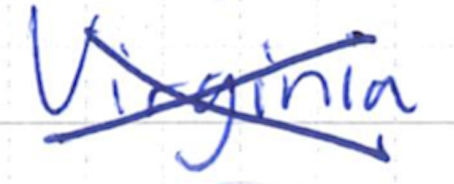
Text: Virginia
Cross-out: cross
Writing tool: ballpoint